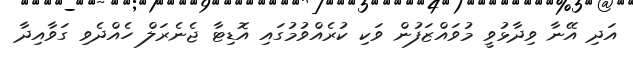
އަދި އޭނާ ވިދާޅުވީ މުވައްޒަފުން ވަކި ކުރެއްވުމުގައި އޮޑިޓާ ޖެނެރަލް ހެއްދެވި ގަވާއިދާ